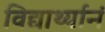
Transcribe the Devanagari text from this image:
विद्यार्थ्यानं